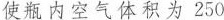
使瓶内空气体积为250